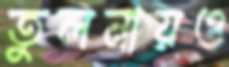
তুলনায়ও